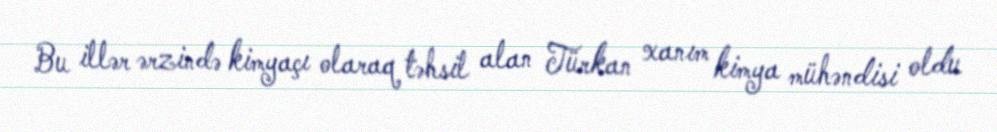
Bu illər ərzində kimyaçı olaraq təhsil alan Türkan xanım kimya mühəndisi oldu